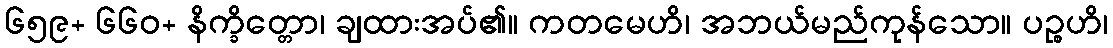
၆၅၉+ ၆၆၀+ နိက္ခိတ္တော၊ ချထားအပ်၏။ ကတမေဟိ၊ အဘယ်မည်ကုန်သော။ ပဉ္စဟိ၊